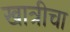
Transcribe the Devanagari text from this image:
खात्रीचा